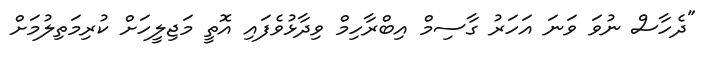
"ދެހާސް ނުވަ ވަނަ އަހަރު ގާސިމް އިބްރާހިމް ވިދާޅުވެފައި އޮތީ މަޖިލީހަށް ކުރިމަތިލުމަށް